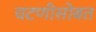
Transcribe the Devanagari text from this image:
चटणीसोबत